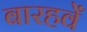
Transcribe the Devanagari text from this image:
बारहवेँ